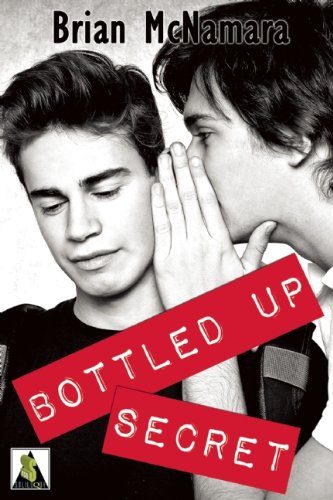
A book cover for Bottled Up Secret; Brian McNamara; Teen & Young Adult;